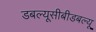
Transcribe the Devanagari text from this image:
डबल्यूसीबीडबल्यू